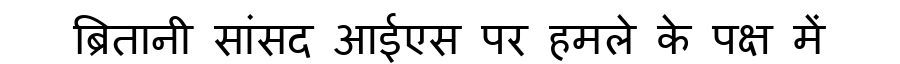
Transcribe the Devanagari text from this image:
ब्रितानी सांसद आईएस पर हमले के पक्ष में